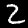
Label: 2